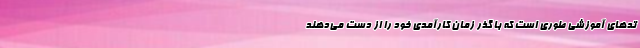
تدهای‌ آموزشی طوری است که با گذر زمان کارآمدی خود را از دست می‌دهند